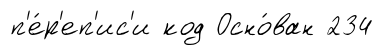
п'е́р'еп'ис'и код Осно́ван 234